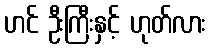
ဟင် ဦးကြီးနှင့် ဟုတ်လား